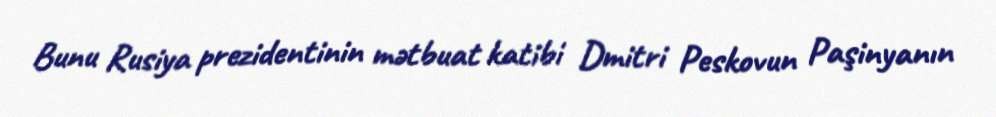
Bunu Rusiya prezidentinin mətbuat katibi Dmitri Peskovun Paşinyanın